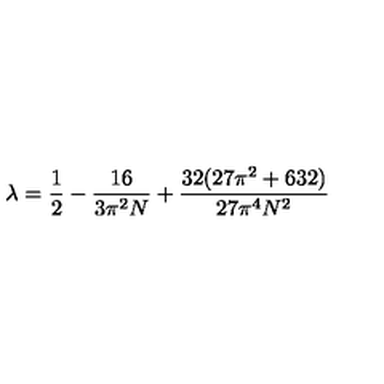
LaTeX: \lambda = \frac { 1 } { 2 } - \frac { 1 6 } { 3 \pi ^ { 2 } N } + \frac { 3 2 ( 2 7 \pi ^ { 2 } + 6 3 2 ) } { 2 7 \pi ^ { 4 } N ^ { 2 } }